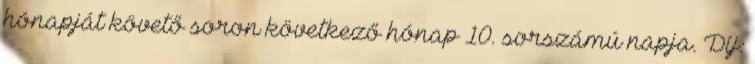
hónapját követő soron következő hónap 10. sorszámú napja. Díj: